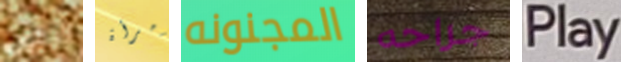
تكون لأمرأة المجنونه جراحه Play